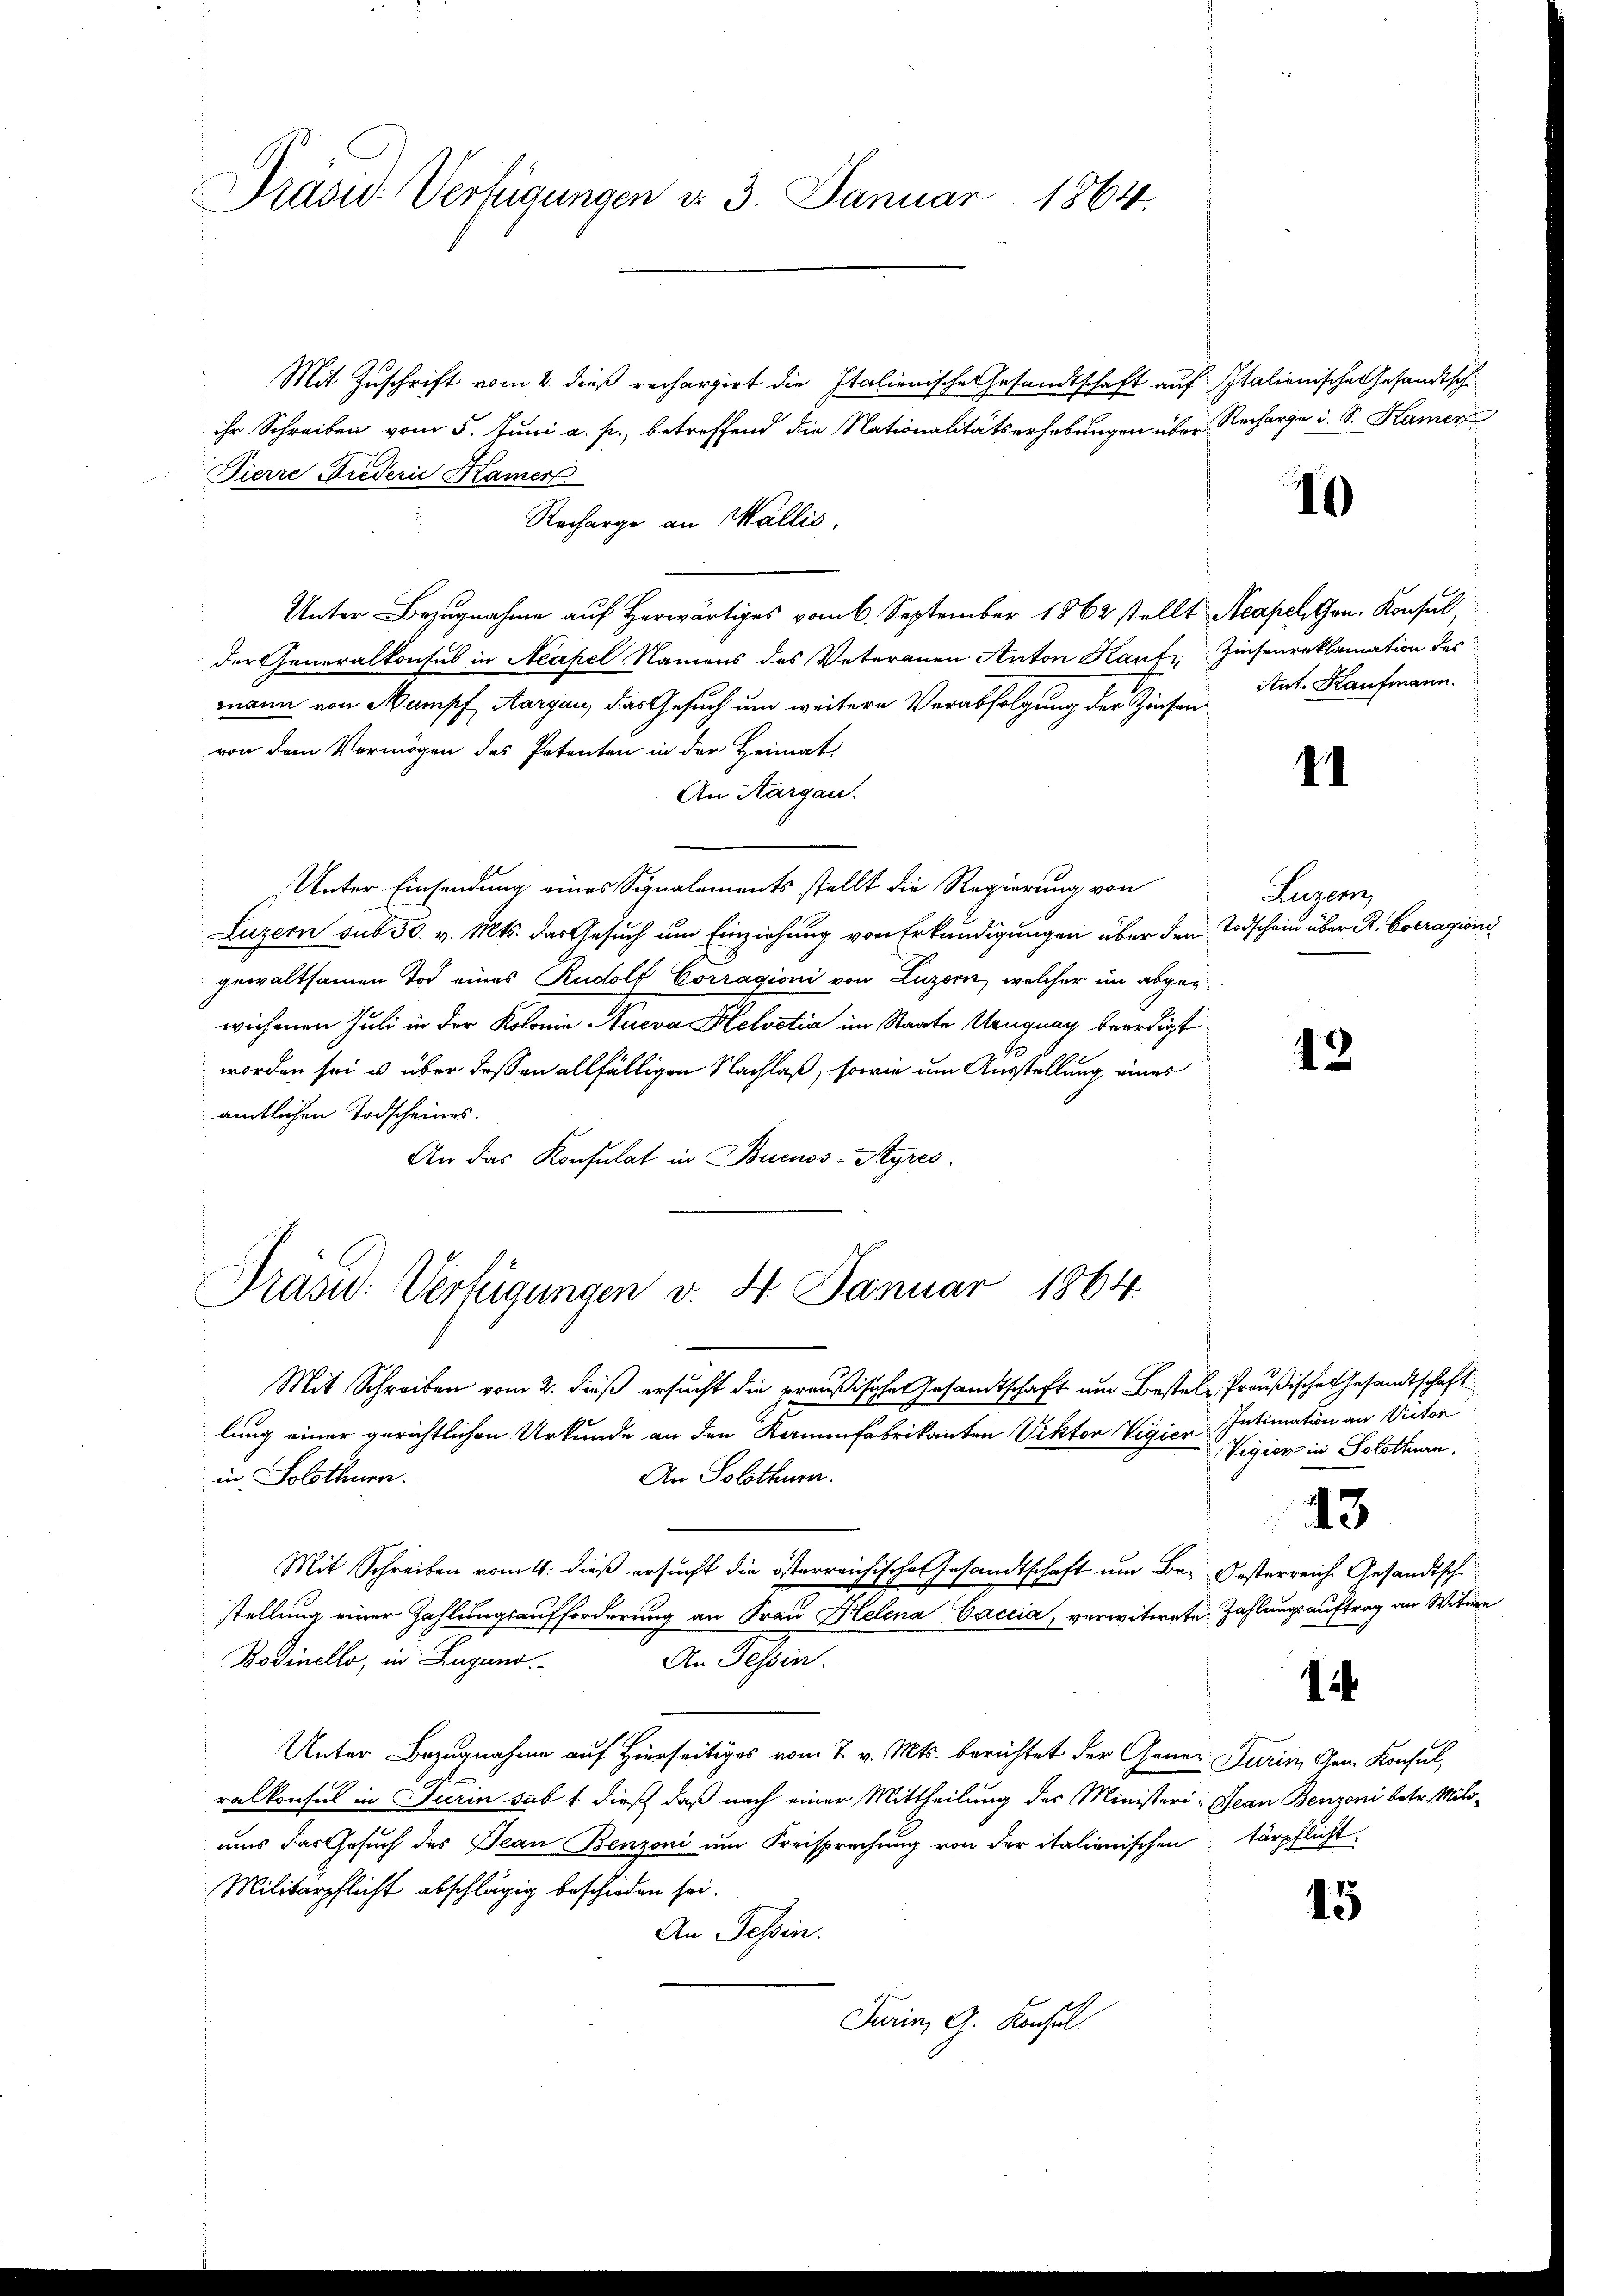
Prasid. Verfügungen d. 3. Januar 1864.

Mit Zuschrift vom 2. dieß rechargirt die Italienische Gesandtschaft auf Italienische Gesandtsch
ihr Schreiben vom 5. Juni a. p., betreffend die Nationalitätserhebungen über Recharge u. S. Kamer
Pierre Frederie Kamer
Recharge an Wallis,
Unter Bezugnahme auf Herwärtiges vom 6. September 1862 stellt Acapel Gen. Konsul,
der Generalkonsul in Neapel Namens des Vateranen Anton Kauf Zinsenreklamation des
mann von Mumpf Aargau, das Gesuch um weitere Verabfolgung der Zinsen Ant. Kaufmann.
von dem Vermögen des Petenten in der Heimat
An Aargau.
Unter Einsendung eines Signalements stellt die Regierung von
Luzern sub 50. v. Mts. das Gesuch um Einziehung von Erkundigungen über den Todschein über R. Cotragionigewaltsamen Tod eines Rudolf Corragioni von Luzern, welcher im abgewichenen Juli in der Kolonie Nueva Helvetia im Staate Uruguay beerdigt
worden sei u. über dessen allfälligen Nachlaß, sowie um Ausstellung eines
amtlichen Todscheines.
An das Konsulat in Buenos-Ayres.

Präsid. Verfügungen v. 4. Januar 1864.

lung einer gerichtlichen Urkunde an den Kammfabrikanten Viktor Vigien Intimation an Victor
Mit Schreiben vom 4. dieß ersŭcht die österreichische Gesandtschaft um Bei Oesterreiche Gesandtsch
stellung einer Zahlungsaufforderung an Frau Helena Caccia, verwitwete Zahlungsauftrag an Witwe

Mit Schreiben vom 2. dieß ersucht die preußische Gesandtschaft um Bestele Preußische Gesandtschaft
in Solothurn.
An Solothurn.
Bodinello, in Lugano.
An Dessen.
Unter Bezugnahme auf Hierseitiges vom 7. v. Mts. berichtet der Gener-Turin, Gem. Konsul,
ralkonsul in Turin sub 1. dieß, daß nach einer Mittheilung des Ministeri- Jean Benzoni betr. Miliuns das Gesuch des Jean Benzoni um Freisprechung von der italienischen tärpflicht
Militärpflicht abschlägig beschieden sei.
An Tessin.
Turin, A. Konsul

10

41

Luzern,

42

Vigion in Solothurn,

43

1

15